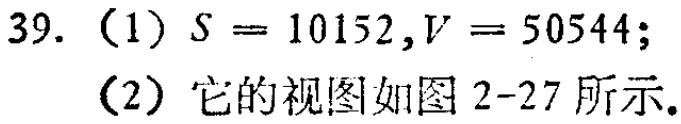
39. （1）\(S = 10152,V = 50544\);

（2）它的视图如图2-27所示。